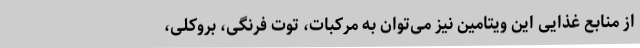
از منابع غذایی این ویتامین نیز می‌توان به مرکبات، توت فرنگی، بروکلی،